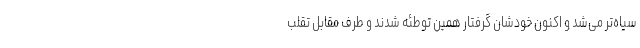
سیاه‌تر می‌شد و اکنون خودشان گرفتار همین توطئه شدند و طرف مقابل تقلب